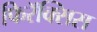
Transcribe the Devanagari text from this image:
फिरॅक्सिस